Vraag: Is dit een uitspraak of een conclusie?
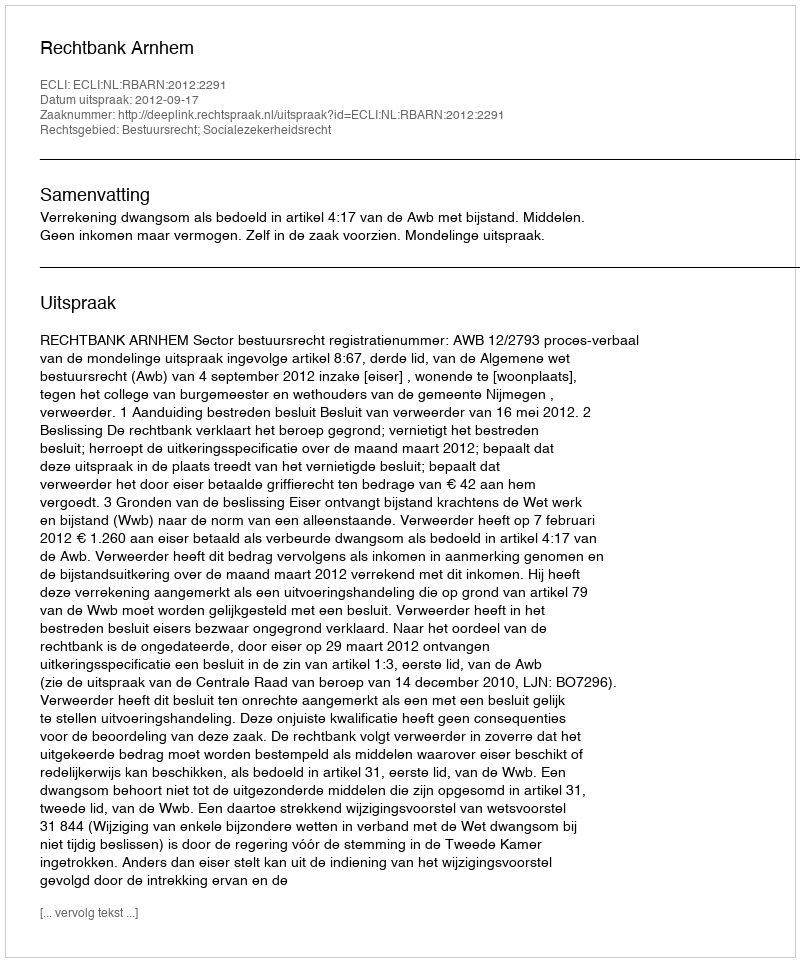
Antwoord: Uitspraak